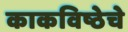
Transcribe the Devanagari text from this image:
काकविष्ठेचे